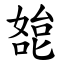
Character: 㗠